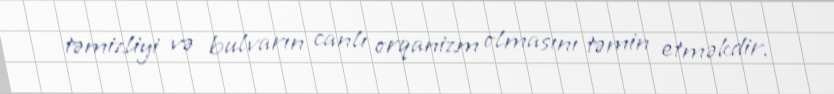
təmizliyi və bulvarın canlı orqanizm olmasını təmin etməkdir.